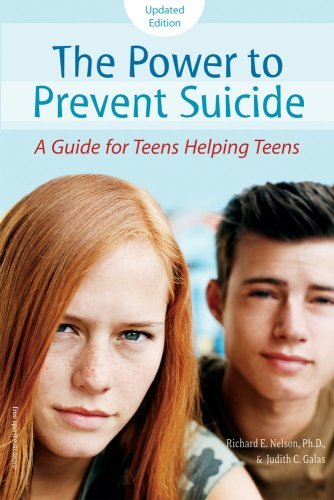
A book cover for The Power To Prevent Suicide: A Guide For Teens Helping Teens, Updated Edition (Turtleback School & Library Binding Edition); Judith C. Galas; Teen & Young Adult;